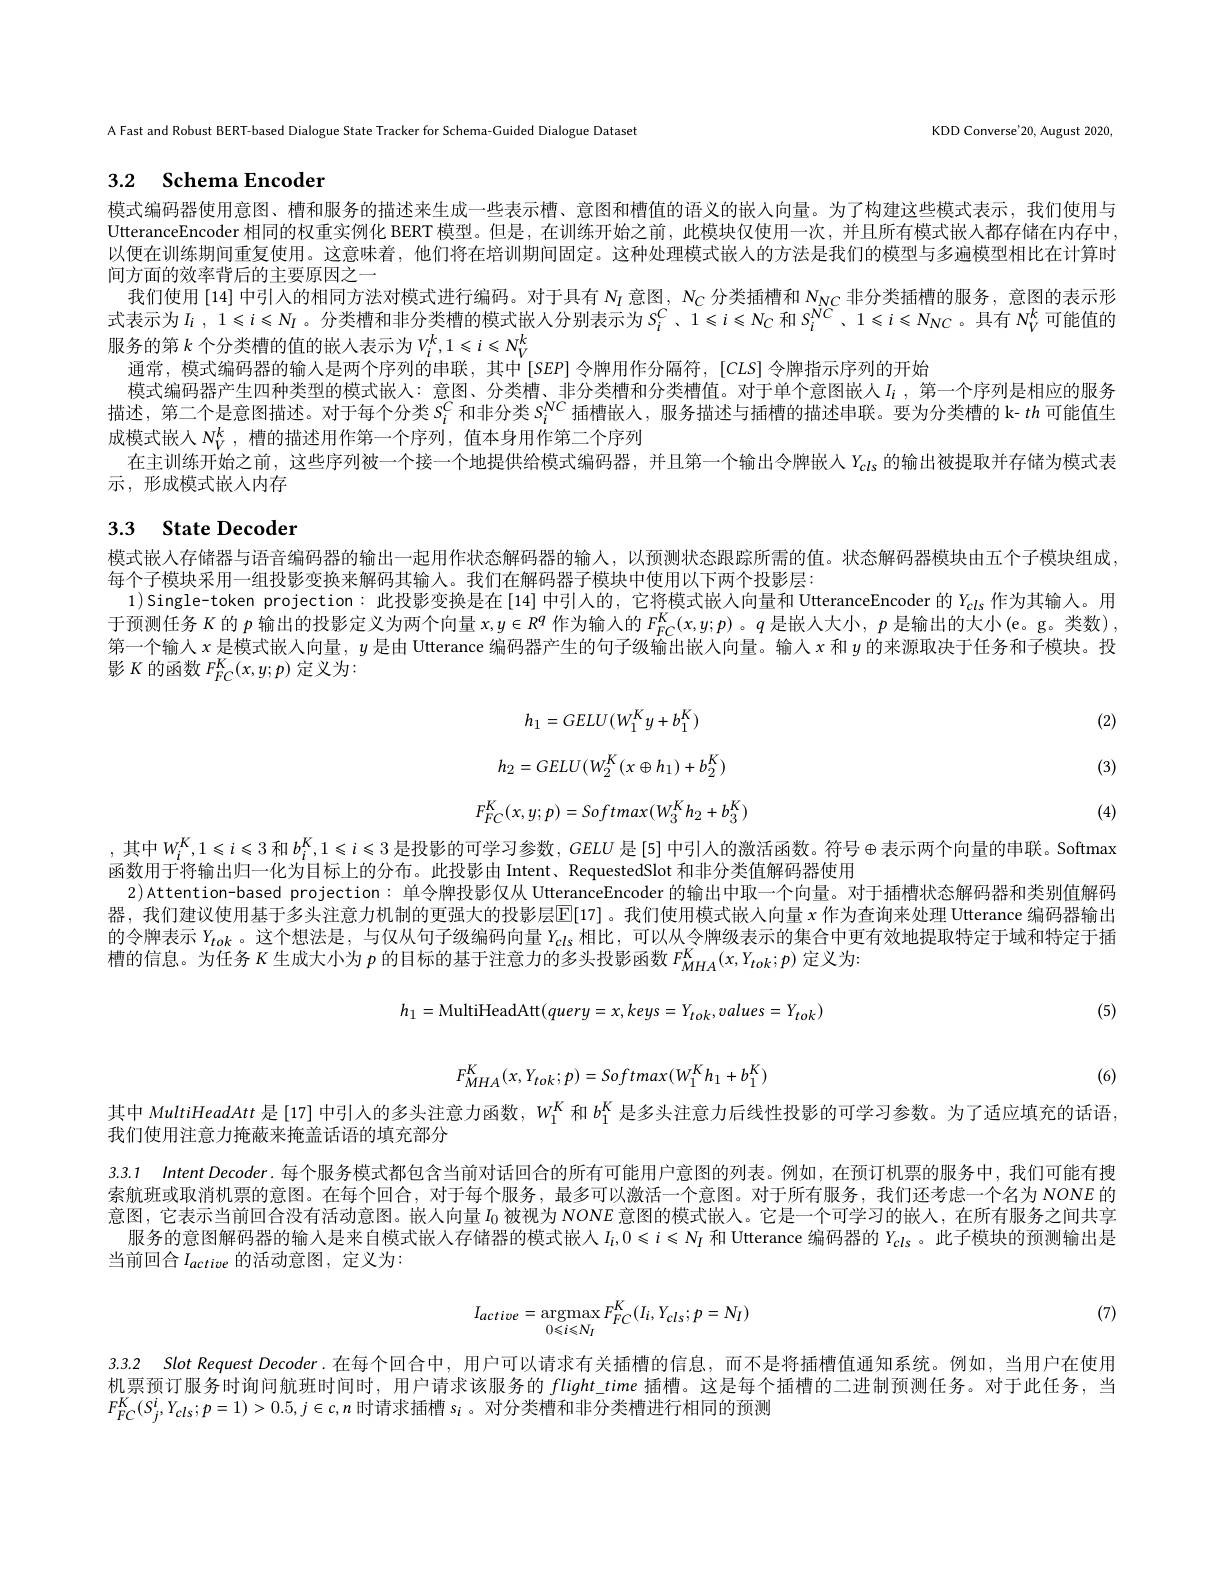
A Fast and Robust BERT-based Dialogue State Tracker for Schema-Guided Dialogue Dataset

KDD Converse'20, August 2020,

## 3.2 Schema Encoder

模式编码器使用意图、槽和服务的描述来生成一些表示槽、意图和槽值的语义的嵌人向量。为了构建这些模式表示，我们使用与UtteranceEncoder 相同的权重实例化 BERT 模型。但是，在训练开始之前，此模块仅使用一次，并且所有模式嵌入都存储在内存中， 以便在训练期间重复使用。这意味着，他们将在培训期间固定。这种处理模式嵌人的方法是我们的模型与多遍模型相比在计算时间方面的效率背后的主要原因之一
我们使用 [14] 中引入的相同方法对模式进行编码。对于具有$N_{I}$意图，$N_{C}$分类插槽和$N_\mathrm{NC}$非分类插槽的服务，意图的表示形式表示为$I_i$ , 1$\leqslant$i$\leqslant N_I$。分类槽和非分类槽的模式嵌人分别表示为$S_i^C$ 、 1$\leqslant$i$\leqslant N_C 和 S_i^{NC}$ , 1$\leqslant$i$\leqslant N_{NC}$ 。具 有 $N_V^k$ 可 能 值 的 服务的第$k$ 个分类槽的值的嵌人表示为$V_i^k,1\leqslant i\leqslant N_V^k$
通常，模式编码器的输入是两个序列的串联，其中$\{SEP\}$令牌用作分隔符，$[CLS]$令牌指示序列的开始
模式编码器产生四种类型的模式嵌人：意图、分类槽、非分类槽和分类槽值。对于单个意图嵌人$I_i$ ,第一个序列是相应的服务描述，第二个是意图描述。对于每个分类$S_i^\mathrm{C}$和非分类$S_i^\mathrm{NC}$插槽嵌人，服务描述与插槽的描述串联。要为分类槽的 k- $th$可能值生成模式嵌人$N_V^k$,槽的描述用作第一个序列，值本身用作第二个序列
在主训练开始之前，这些序列被一个接一个地提供给模式编码器，并且第一个输出令牌嵌入$Y_\mathrm{cls}$的输出被提取并存储为模式表
示，形成模式嵌入内存

# 3.3 State Decoder

模式嵌人存储器与语音编码器的输出一起用作状态解码器的输人，以预测状态跟踪所需的值。状态解码器模块由五个子模块组成，
每个子模块采用一组投影变换来解码其输入。我们在解码器子模块中使用以下两个投影层：
1)Single-token projection: 此投影变换是在 [14] 中引人的，它将模式嵌人向量和 UtteranceEncoder 的$Y_{cls}$作为其输入。用于预测任务$K$的$p$输出的投影定义为两个向量 x$,y\in R^q$作为输入的$F_{FC}^K(x,y;p)$ 。$q$是嵌人大小，$p$是输出的大小(e。g。类数), 第一个输入$x$是模式嵌人向量，$y$是由 Utterance 编码器产生的句子级输出嵌人向量。输人 x 和$y$的来源取决于任务和子模块。投影$K$的函数$F_{FC}^{K}(x,y;p)$定义为：

(2)
$$h_{1}=GELU(W_{1}^{K}y+b_{1}^{K})$$
$$h_{2}=GELU(W_{2}^{K}(x\oplus h_{1})+b_{2}^{K})$$
$$F_{FC}^{K}(x,y;p)=Softmax(W_{3}^{K}h_{2}+b_{3}^{K})$$
(3)

(4)

其中$W_i^K,1\leqslant i\leqslant3$ 和$b_i^K,1\leqslant i\leqslant3$ 是投影的可学习参数，$GELU$ 是[5] 中引入的激活函数。符号$\oplus$表示两个向量的串联。Softmax
函数用于将输出归一化为目标上的分布。此投影由 Intent、RequestedSlot 和非分类值解码器使用
2)Attention-based projection: 单令牌投影仅从 UtteranceEncoder 的输出中取一个向量。对于插槽状态解码器和类别值解码器，我们建议使用基于多头注意力机制的更强大的投影层$\mathbb{E}[17]$。我们使用模式嵌人向量 x 作为查询来处理 Utterance 编码器输出的令牌表示$Y_{tok}$。这个想法是，与仅从句子级编码向量$Y_\mathrm{cls}$相比，可以从令牌级表示的集合中更有效地提取特定于域和特定于插槽的信息。为任务$K$生成大小为$p$的目标的基于注意力的多头投影函数$F_{MHA}^{K}(x,Y_{tok};p)$定义为：
$$h_{1}=\text{MultiHeadAtt}(query=x,keys=Y_{tok},values=Y_{tok})$$
(5)

(6)
$$F_{MHA}^{K}(x,Y_{tok};p)=Softmax(W_{1}^{K}h_{1}+b_{1}^{K})$$
其中 MultiHeadAtt 是[17] 中引人的多头注意力函数，$W_{1}^K$和$b_1^K$是多头注意力后线性投影的可学习参数。为了适应填充的话语，

我们使用注意力掩蔽来掩盖话语的填充部分

3.3.1 Intent Decoder.每个服务模式都包含当前对话回合的所有可能用户意图的列表。例如，在预订机票的服务中，我们可能有搜

索航班或取消机票的意图。在每个回合，对于每个服务，最多可以激活一个意图。对于所有服务，我们还考虑一个名为 NONE 的意图，它表示当前回合没有活动意图。嵌人向量$I_{0}$被视为$NONE$ 意图的模式嵌人。它是一个可学习的嵌人，在所有服务之间共享服务的意图解码器的输入是来自模式嵌人存储器的模式嵌人$I_i,0\leqslant i\leqslant N_I$ 和 Utterance 编码器的 $Y_\mathrm{cls}$ 。此子模块的预测输出是当前回合$I_{active}$的活动意图，定义为：

(7)
$$I_{active}=\mathop{\mathrm{argmax}}_{0\leqslant i\leqslant N_{I}}F_{FC}^{K}(I_{i},Y_{cls};p=N_{I})$$
3.3.2 Slot Request Decoder.在每个回合中，用户可以请求有关插槽的信息，而不是将插槽值通知系统。例如，当用户在使用

机票预订服务时询问航班时间时，用户请求该服务的$flight\_time$插槽。这是每个插槽的二进制预测任务。对于此任务，当
$F_{FC}^{K}(S_{j}^{i},Y_{cls};p=1)>0.5,j\in c,n$时请求插槽$s_i$ 。对分类槽和非分类槽进行相同的预测